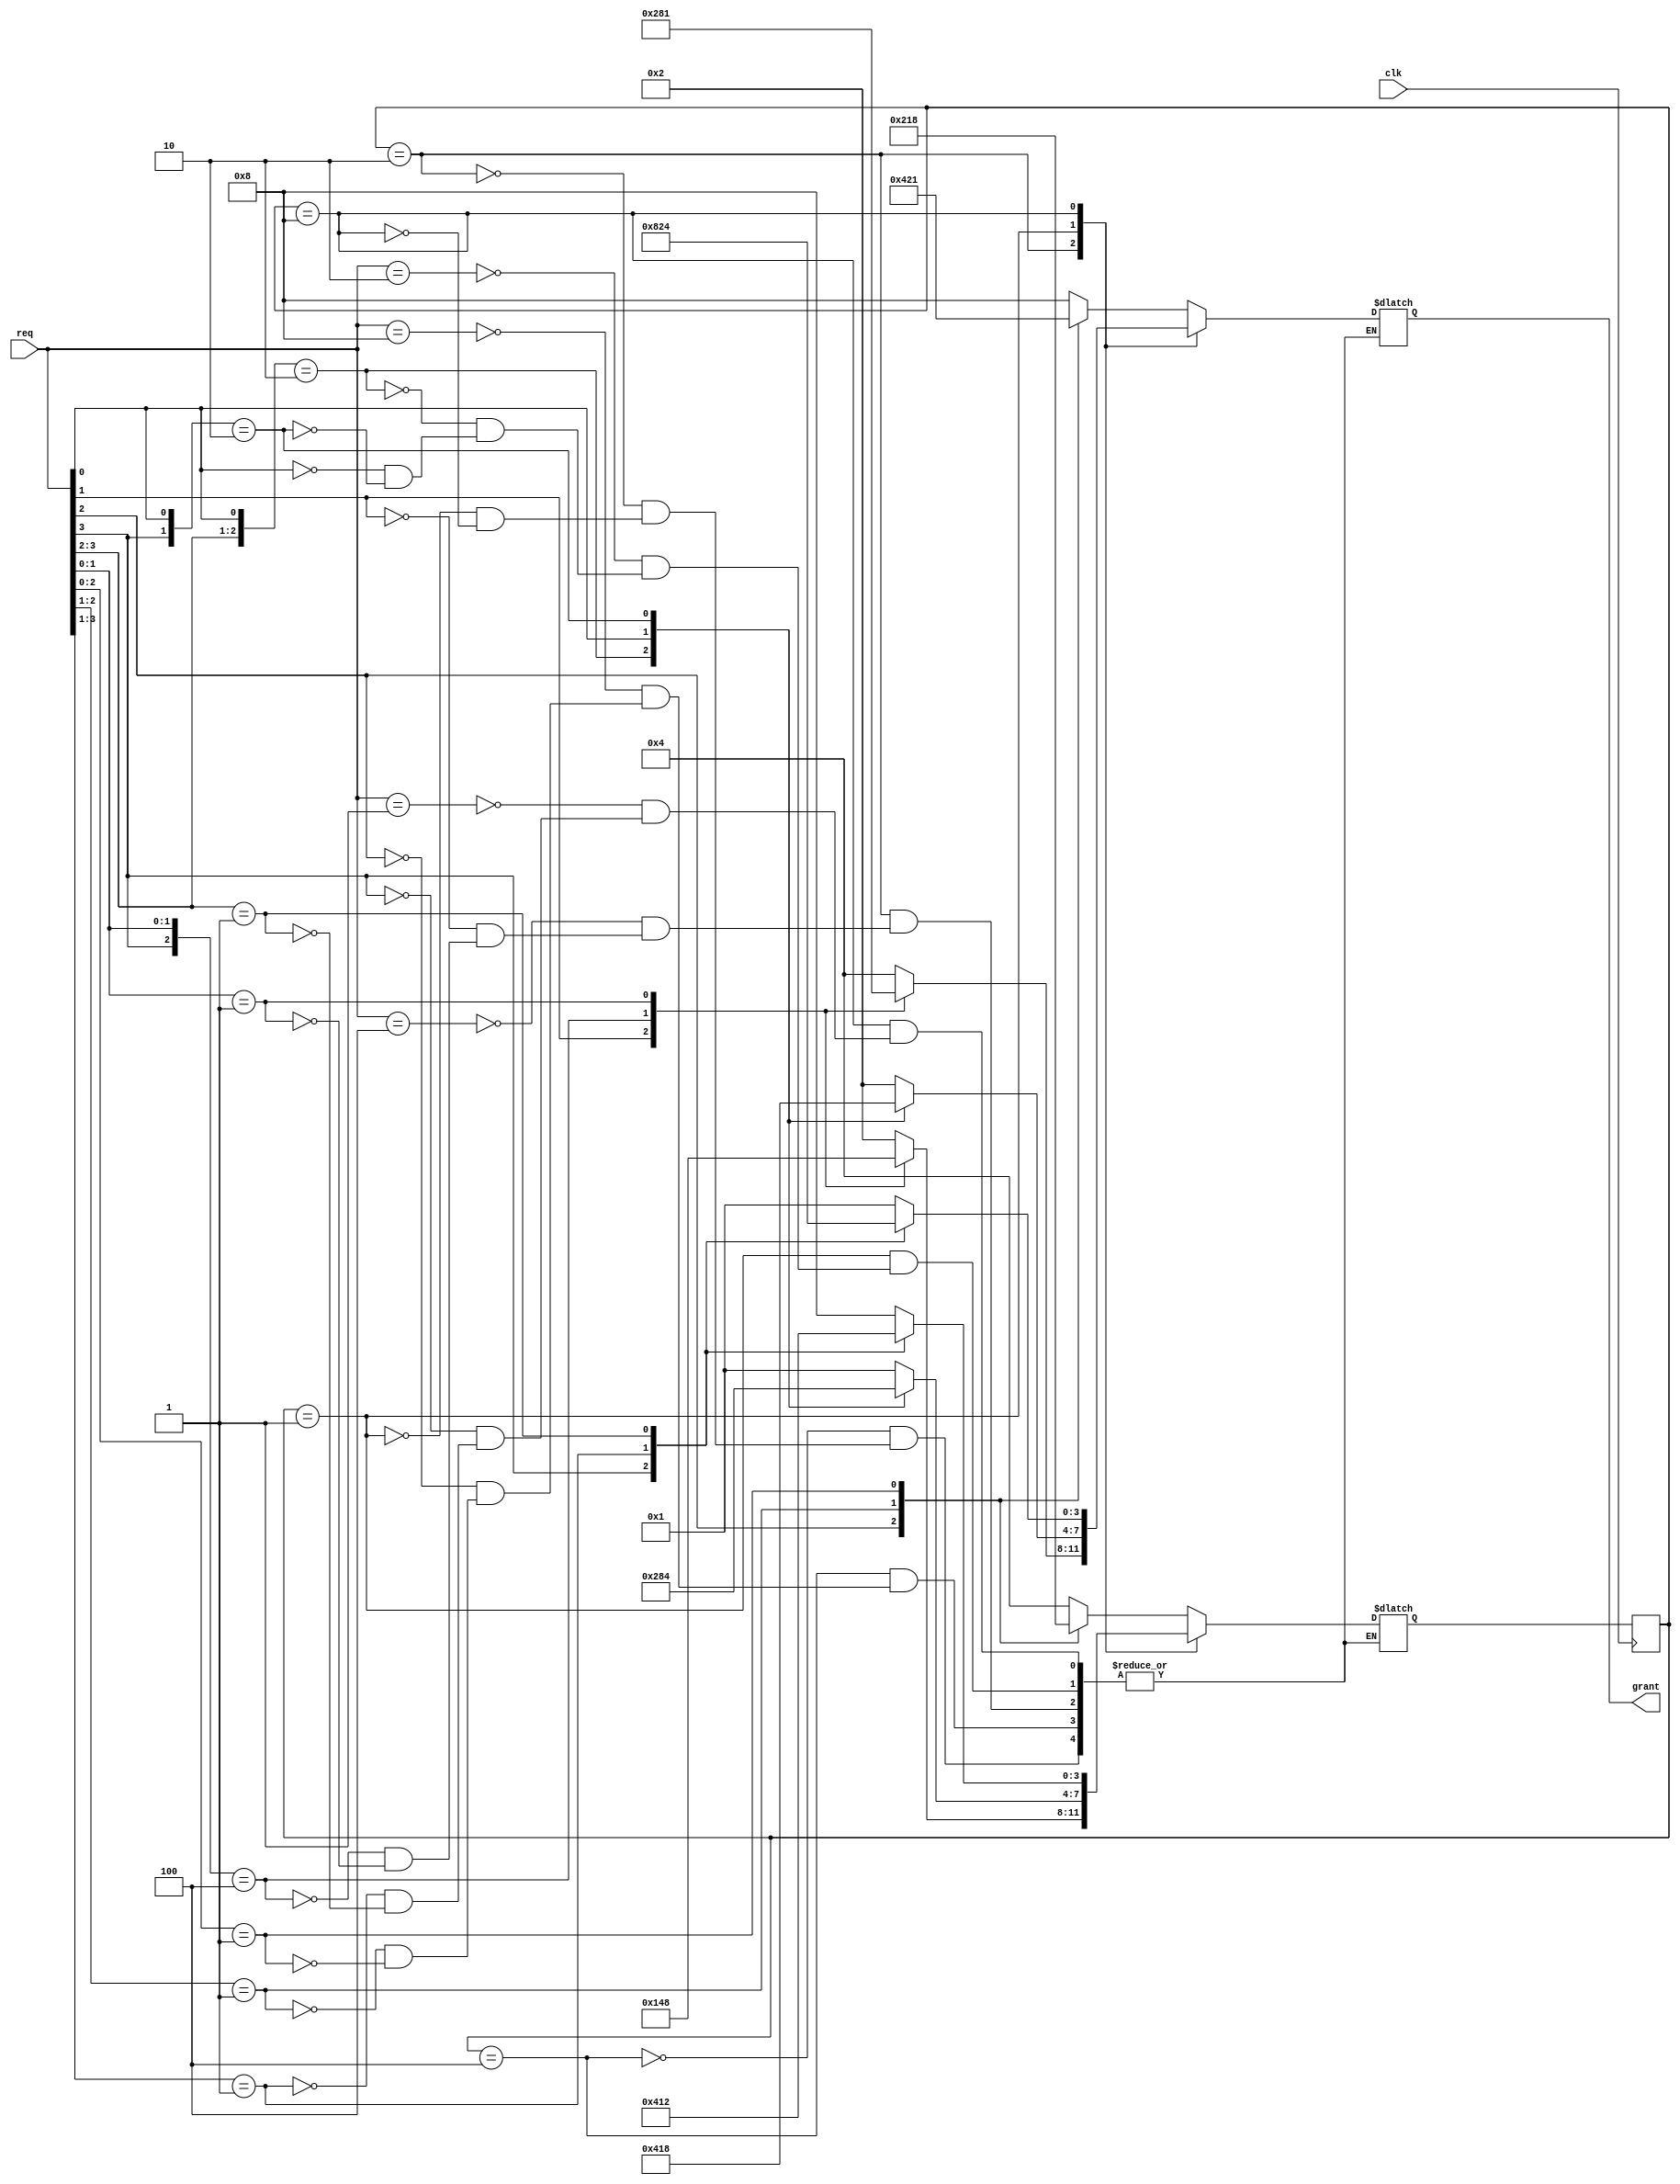

//////////////////////////////////////////////////////////////////////////////////
// Company: 
// Engineer: 
// 
// Design Name: 
// Module Name: Arbiter_rr
// Project Name: Integrated Round Robin arbiter one hot encoding technique
// Additional Comments:
// 
//////////////////////////////////////////////////////////////////////////////////


module Arbiter_rr(clk,req,grant  );
input clk;
input [3:0]req;
output reg [3:0]grant;

parameter 
A=4'b0100, B=4'b0010,C=4'b0001,D=4'b1000;

reg [3:0] curr_state, next_state;

always @(posedge clk )
begin
      curr_state <= next_state;
  end
 
always @(curr_state or req)
begin
 
casex (curr_state)

 A:         begin
             casex(req)
              4'b1000:  begin    next_state <= A;
                    grant<=4'b1000;
                    end 
              4'bx1xx :
                begin
                      next_state <= B;
                      grant<=4'b0100;
                    end 
            4'bx01x:
             begin
                    next_state <= C;
                    grant<=4'b0010;
                    end 
             4'bx001:
              begin
                    next_state <= D;
                    grant<=4'b0001;
                    end 
              
              endcase
              end      
                    
  B:         begin
                casex(req)
                4'b0100:
                   begin    next_state <= B;
                       grant<=4'b0100;
                       end 
                4'bxx1x: 
                   begin
                             next_state <= C;
                             grant<=4'b0010;
                           end 
                 4'b1x00:
                    begin
                           next_state <= A;
                           grant<=4'b1000;
                           end 
                 4'bxx01:
                     begin
                           next_state <= D;
                           grant<=4'b0001;
                           end 
                 
                   endcase    
                  end    
 C :      begin
          casex(req) 
           4'b0010:
          begin    next_state <= C;
              grant<=4'b0010;
              end 
          4'b01x0: 
          begin
                    next_state <= B;
                    grant<=4'b0100;
                  end 
          4'bxxx1:
           begin
                  next_state <=D;
                  grant<=4'b0001;
                  end 
          4'b1xx0:
            begin
                  next_state <= A;
                  grant<=4'b1000;
                  end 
           endcase
           end
                              
 D:         begin
            casex(req)
            4'b0001:
            begin    next_state <= D;
                grant<=4'b0001;
                end 
            4'b1xxx: 
            begin
                      next_state <= A;
                      grant<=4'b1000;
                    end 
            4'b001x:
             begin
                    next_state <= C;
                    grant<=4'b0010;
                    end 
             4'b01xx:
              begin
                    next_state <= B;
                    grant<=4'b0100;
                    end     
            endcase
            end         
            
                               
default : begin
           end
endcase
end


endmodule